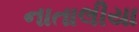
નાતાલીયા